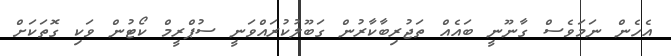
އެހެން ނަމަވެސް ގާނޫނީ ބައެއް ތަޖުރިބާކާރުން ގަބޫލުކުރައްވަނީ ސުޕްރީމް ކޯޓުން ވަކި ގޮތަކަށް